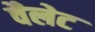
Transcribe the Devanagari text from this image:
वैलेट